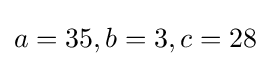
a=35,b=3,c=28